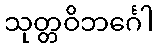
သုတ္တဝိဘင်္ဂေါ